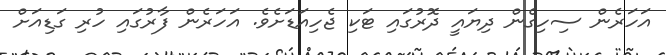
އަހަރެން ސިހިގެން ދިޔައީ ދޮރުގައި ޓަކި ޖެހިއަޑަށެވެ. އަހަރެން ފާރުގައި ހުރި ގަޑިއަށް